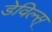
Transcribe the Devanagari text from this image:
डेविल्स्